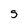
Character: S